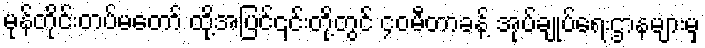
မုန်တိုင်းတပ်မတော် ထို့အပြင်၎င်းတို့တွင် ၄၀မီတာခန့် အုပ်ချုပ်ရေးဌာနများမှ